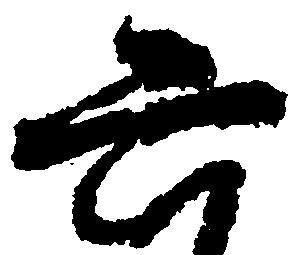
六